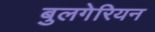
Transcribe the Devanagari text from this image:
बुलगेरियन